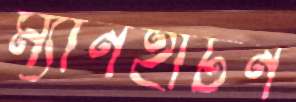
ম্যানহাটন